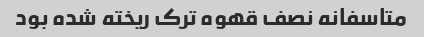
متاسفانه نصف قهوه ترک ریخته شده بود